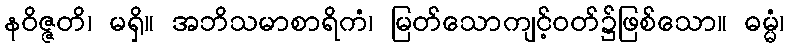
နဝိဇ္ဇတိ၊ မရှိ။ အဘိသမာစာရိကံ၊ မြတ်သောကျင့်ဝတ်၌ဖြစ်သော။ ဓမ္မံ၊